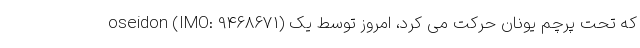
oseidon (IMO: 9468671) که تحت پرچم یونان حرکت می کرد، امروز توسط یک